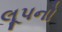
લૂપનો